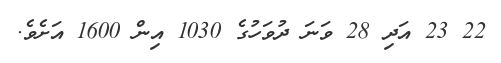
22 23 އަދި 28 ވަނަ ދުވަހުގެ 1030 އިން 1600 އަށެވެ.